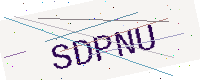
Text: SDPNU